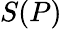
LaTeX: S(P)